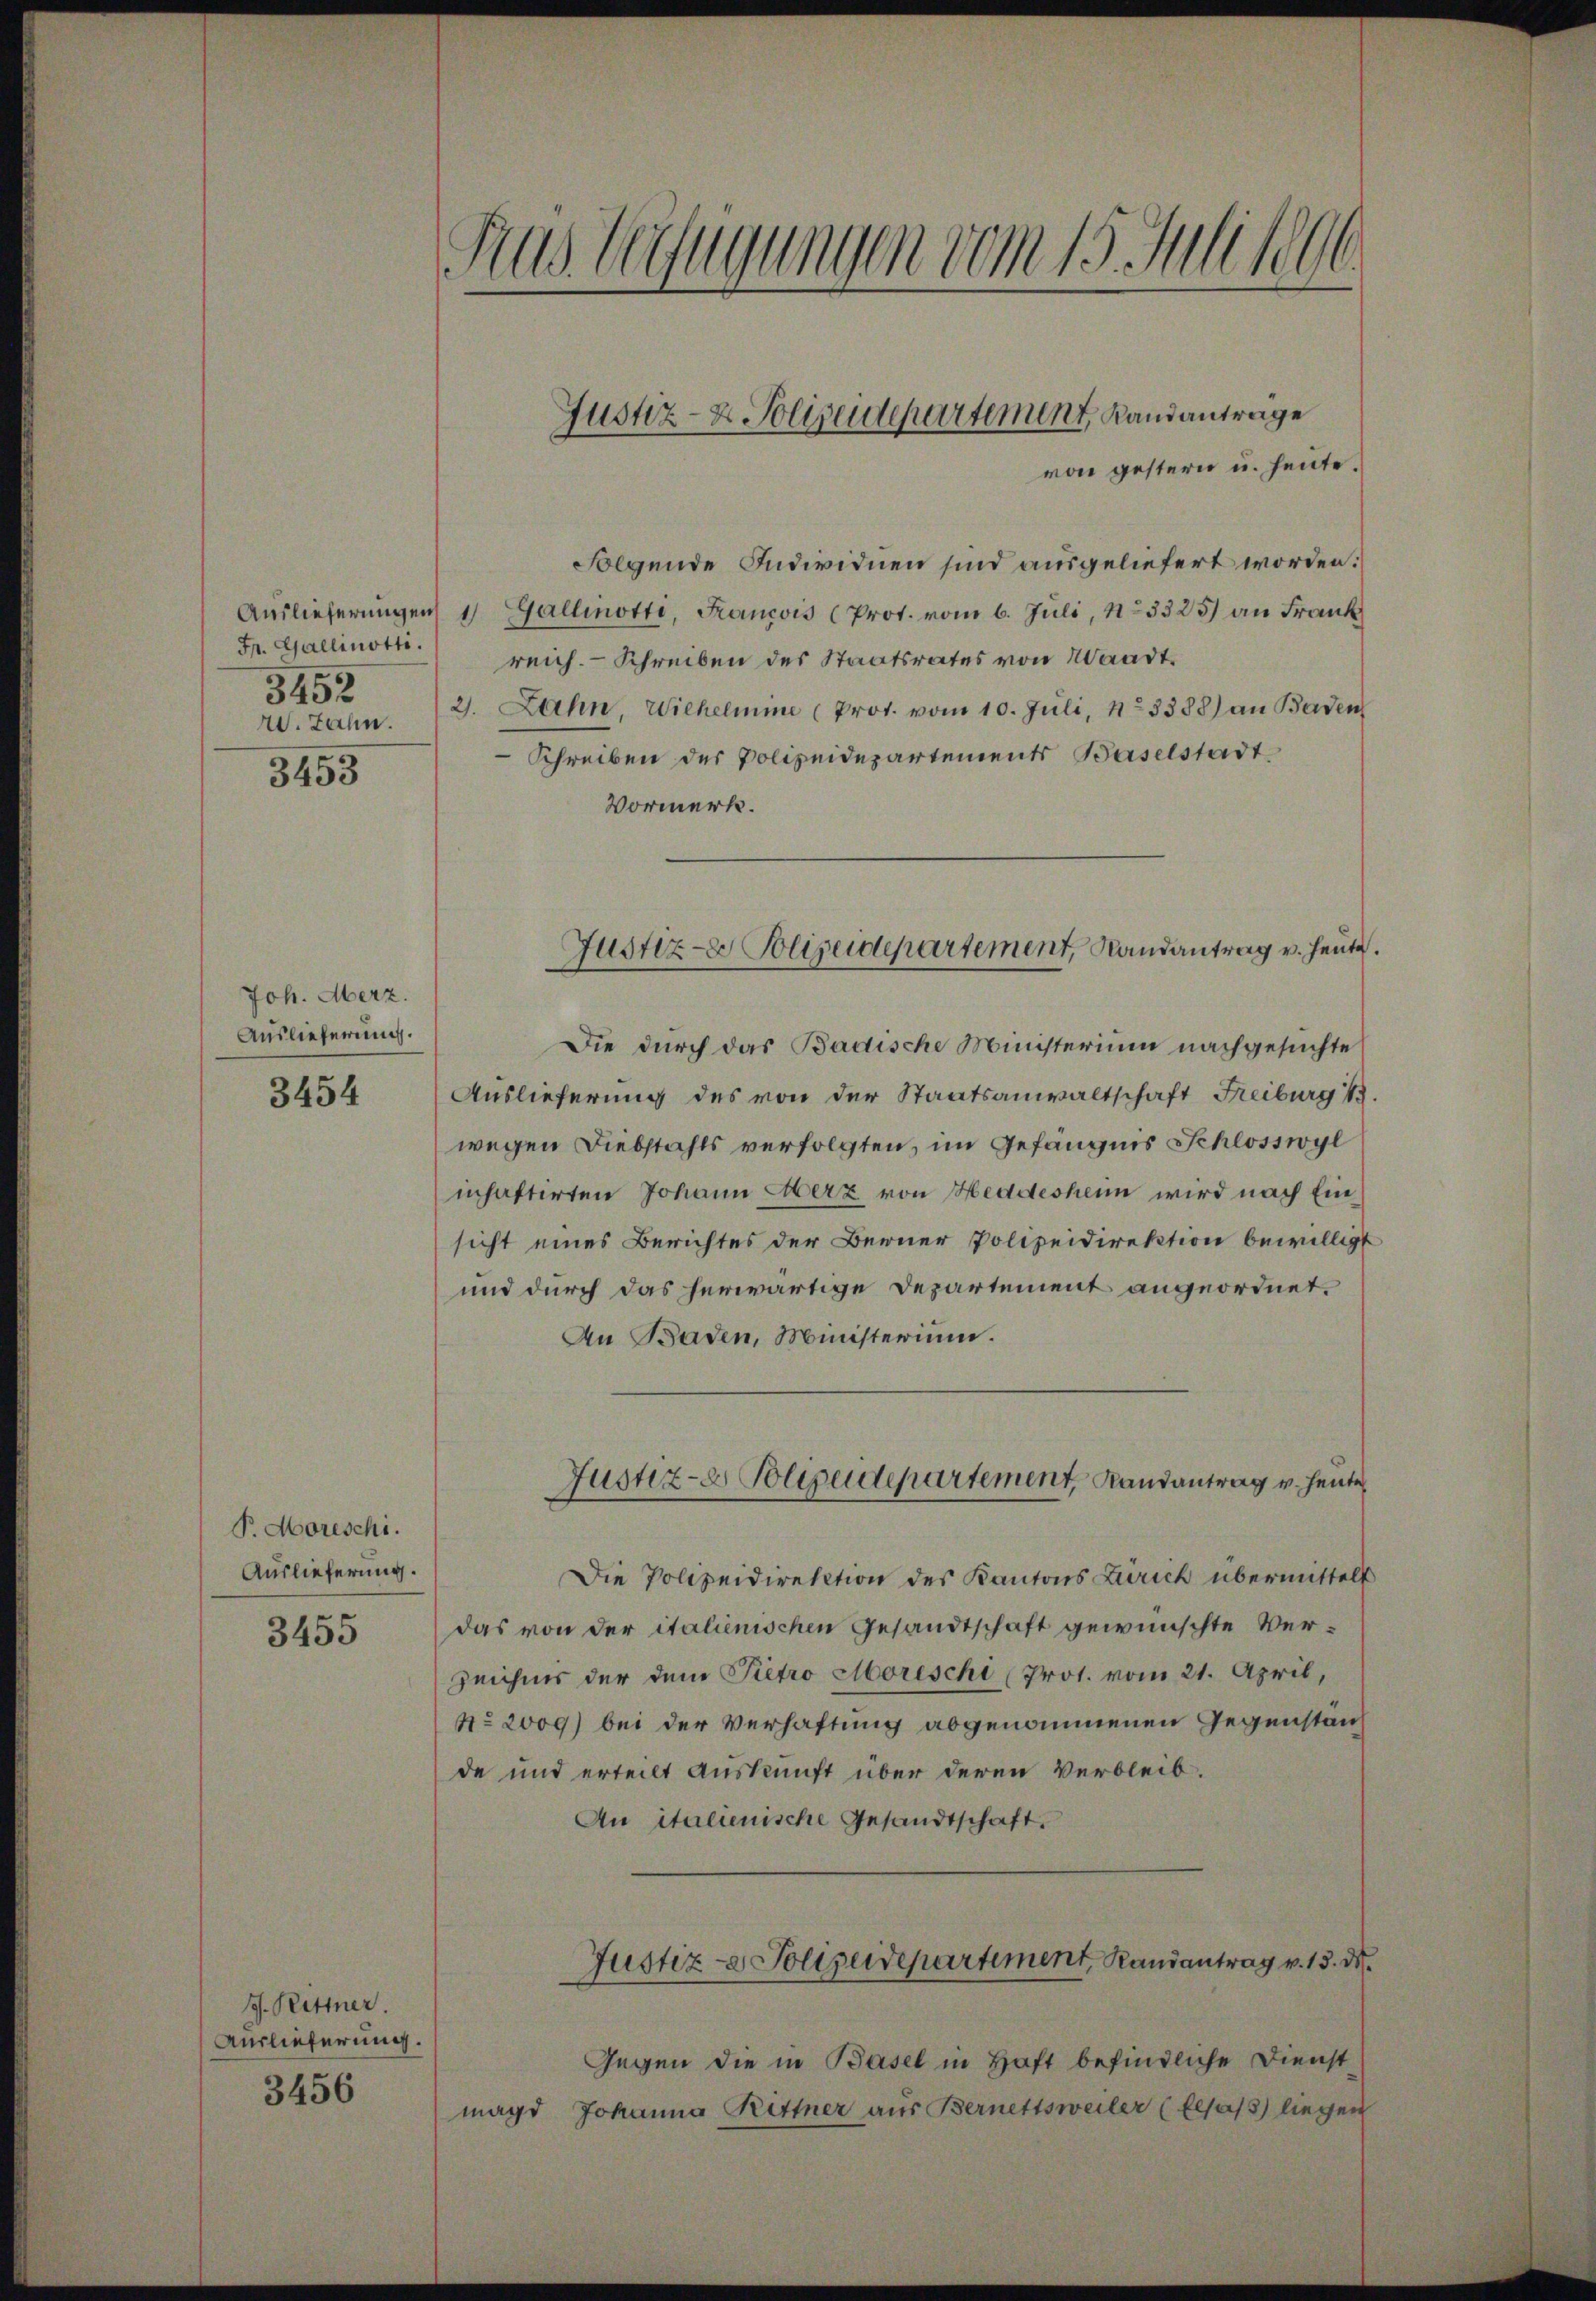
Fr. Gallinotti.
3452
3453

Joh. Merz.
Auslieferung.

3454

P. Morschi.
Auslieferung.

3455

G. Rittner.
Auslieferung.
3456

Aus Verfügungen vom 15. Juli 1890.

von gestern u. heute.
Folgende Individuen sind ausgeliefert worden.
Auslieferungen 1 Gallinotti, Francois (Prot. vom 6. Juli, 13325) an Frank
reich. Schreiben des Staatsrates von Waadt.
W. Jahn. 2. Zahn, Wilhelmine (Prot. vom 10. Jŭli, No. 3388) an Baden
Schreiben des Polizeidepartements Baselstadt
Vormerk.
Die durch das Badische Ministerium nachgesuchte
Auslieferung des von der Staatsanwaltschaft Freiburg 13.
wegen Diebstahls verfolgten, im Gefängnis Schlosswyl
inhaftirten Johann Merz von Heddeshenn wird nach Einsicht eines Berichtes der Berner Polizeidirektion bewilligt
und durch das herwärtige Departement angeordnet.
An Baden, Ministerium.
Justiz- & Polizeidepartement, Randantrag v. heute
Die Polizeidirektion des Kantons Zürich übermittelt
das von der italienischen Gesandtschaft gewünschte Ver¬
Zeichnes der dem Pietro Moreschi (Prot. vom 21. April,
No. 2009) bei der Verhaftung abgenommenen Gegenständ
de und erteilt Auskunft über deren Verbleib.
An italienische Gesandtschaft.
Justiz- & Polizeidepartement, Randantrag v. 13. d.
Gegen die in Basel in Haft befindliche Dienst
magd Johanna Kittner aus Bernettsweiler (Elsass) liegen

Justiz- & Polizeidepartement, Landantrage

Justiz- Polizeidepartement, Randantrag v. heute.